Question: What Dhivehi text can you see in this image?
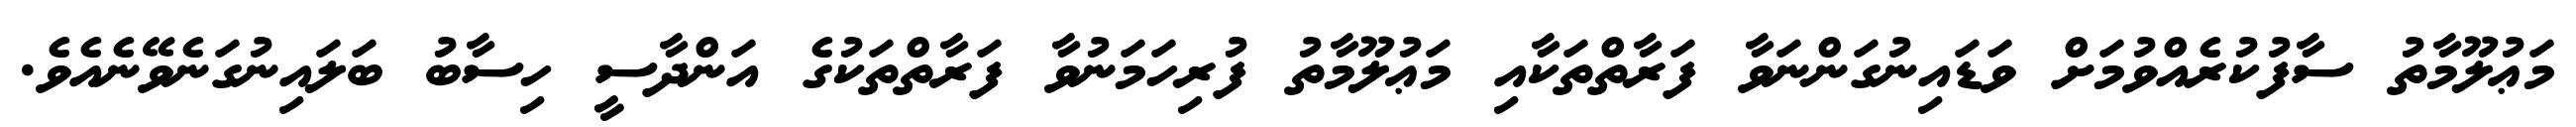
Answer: މަޢުލޫމާތު ސާފުކުރެއްވުމަށް ވަޑައިނުގަންނަވާ ފަރާތްތަކާއި މަޢުލޫމާތު ފުރިހަމަނުވާ ފަރާތްތަކުގެ އަންދާސީ ހިސާބު ބަލައިނުގަނެވޭނެއެވެ.